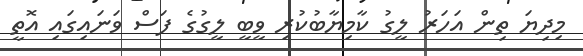
މިދިޔަ ތިން އަހަރު ލީގު ކާމިޔާބުކުރި ވީބީ ލީގުގެ ފަސް ވަނައިގައި އޮތީ